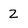
Character: 2